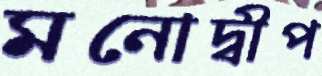
মনোদ্বীপ